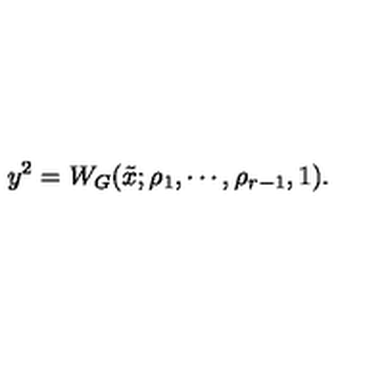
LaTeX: y ^ { 2 } = W _ { G } ( \tilde { x } ; \rho _ { 1 } , \cdots , \rho _ { r - 1 } , 1 ) .